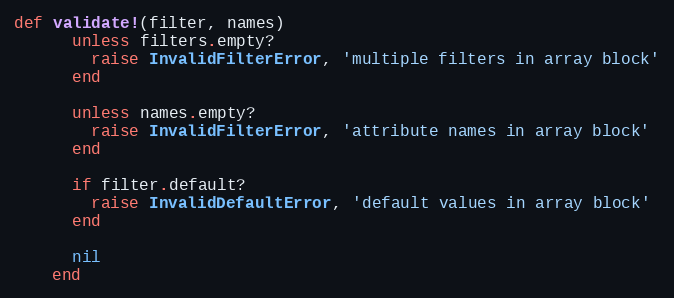
Language: Ruby
def validate!(filter, names)
      unless filters.empty?
        raise InvalidFilterError, 'multiple filters in array block'
      end

      unless names.empty?
        raise InvalidFilterError, 'attribute names in array block'
      end

      if filter.default?
        raise InvalidDefaultError, 'default values in array block'
      end

      nil
    end